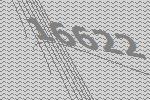
16622